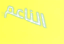
الناعم